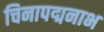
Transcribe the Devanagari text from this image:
चिनापद्मनाभ